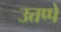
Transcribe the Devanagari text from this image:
उत्तप्पे